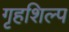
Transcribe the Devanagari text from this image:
गृहशिल्प